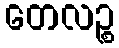
တေလဉ္စ